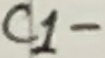
Text: C1-